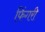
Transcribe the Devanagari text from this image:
फिंगरी